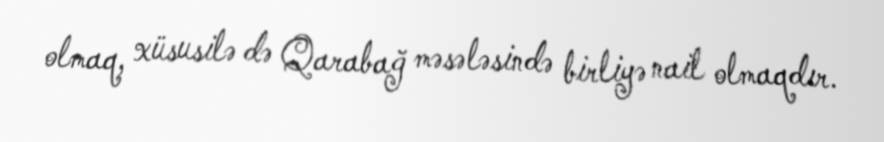
olmaq, xüsusilə də Qarabağ məsələsində birliyə nail olmaqdır.